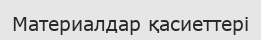
Материалдар қасиеттері